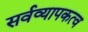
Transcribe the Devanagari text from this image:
सर्वव्यापकत्व